Accounts of Education Authorities, 1920
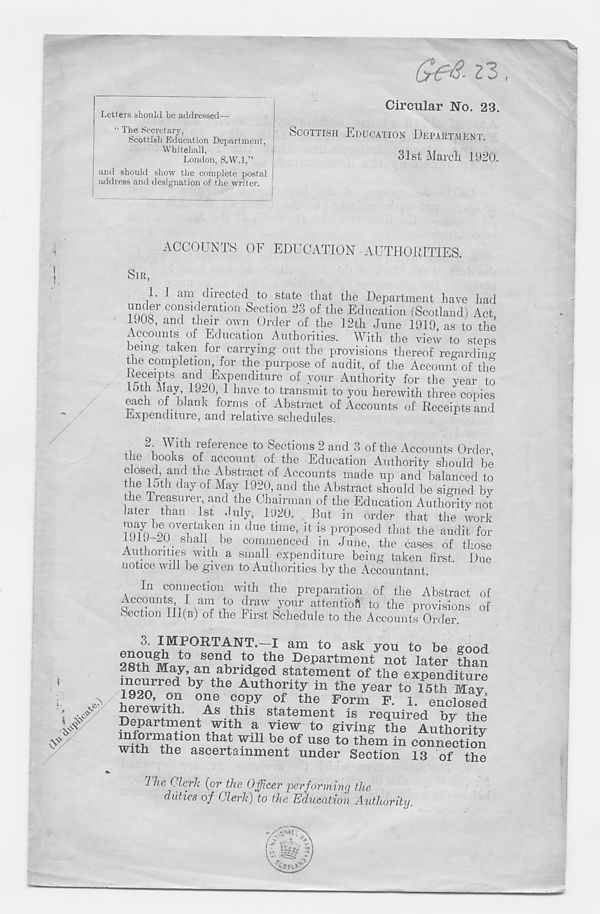
Gee. 23
Letters should be addressed—
“ The Secretary,
Scottish Education Department,
Whitehall,
London, S.W.l,”
and should show the complete postal
address and designation of the writer.
Circular No. 23.
SCOTTISH EDUCATION DEPARTMENT.
31st March 1920.
ACCOUNTS OF EDUCATION AUTHORITIES.
SIR,
I. I am directed to state that the Department have had
under consideration Section 23 of the Education (Scotland) Act
1908, and their own Order of the 12th June 1919, as to the
Accounts of Education Authorities. With the view to steps
being taken for carrying out the provisions thereof regardino-
the completion for the purpose of audit, of the Account of the
Receipts and Expenditure of your Authority for the year to
Lotli May 1920 I have to transmit to you herewith three copies
each of blank forms of Abstract of Accounts of Receipts and
Expenditure, and relative schedules.
2 With reference to Sections 2 and 3 of the Accounts Order
the books of account of the Education Authority should be
closed and the Abstract of Accounts made up and balanced to
the 15th day of May 1920, and the Abstract should be signed by
he Treasurer, and the Chairman of the Education Authority not
later than 1st July, 1920. But m order that the work
, ® 1
0ve
1
rtt !. kei
]
i m due {llne > if is proposed that the audit for
1919 20 shall be commenced in June, the cases of those
Authorities with a small expenditure being taken first. Due
notice will be given to Authorities by the Accountant.
In connection with the preparation of the Abstract of
Accounts I am to draw your attentioft to the provisions of
».ection 111(B) of the First Schedule to the Accounts Order.
3. IMPORTANT. I am to ask you to be good
Ssti^ivr t0 S<3n w
the De P artn ient not later than
28th May, an abridged statement of the expenditure
l qprf 1 n d by tllG Autllo r ity in tlie year to 15th May,
1920, on one copy of the Form F. 1. enclosed
herewith. As this statement is required by the
Department with a view to giving the Authoritv
tliat: wil1 be of use to them in connection
with the ascertainment under Section 13 of the
Ihe Clerk (or the Officer performing the
duties of Clerk) to the Education Authority.